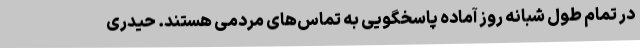
در تمام طول شبانه روز آماده پاسخگویی به تماس‌های مردمی هستند. حیدری